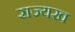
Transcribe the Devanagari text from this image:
राज्यख